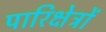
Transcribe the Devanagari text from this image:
पारिक्षेत्रों